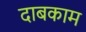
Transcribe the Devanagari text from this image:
दाबकाम